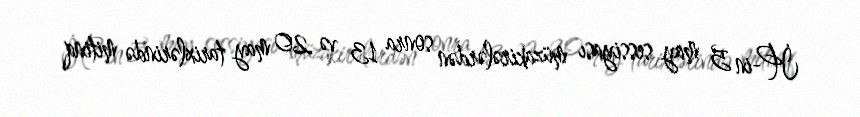
İP-in 5 may sessiyası müzakirələrdən sonra 13 və 20 may tarixlərində mitinq